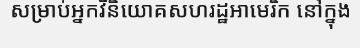
សម្រាប់អ្នកវិនិយោគសហរដ្ឋអាមេរិក នៅក្នុង